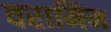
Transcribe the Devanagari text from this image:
वरामिन